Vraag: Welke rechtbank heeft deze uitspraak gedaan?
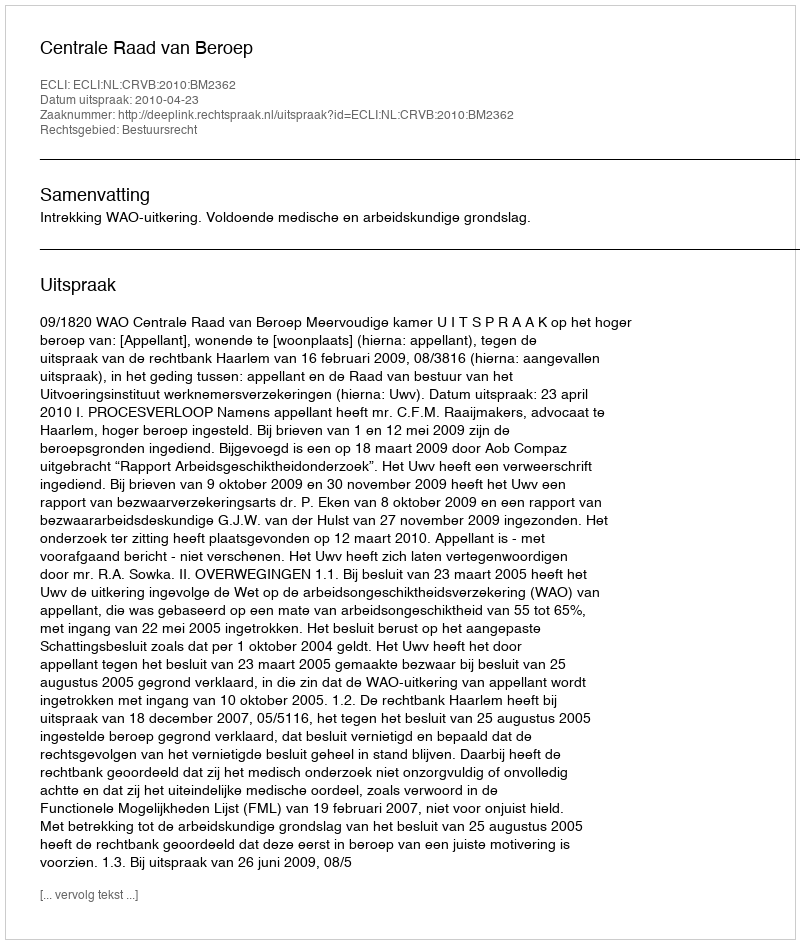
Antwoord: Centrale Raad van Beroep